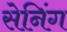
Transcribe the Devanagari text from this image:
सेनिंग